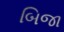
બિજા